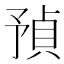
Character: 𧶃